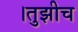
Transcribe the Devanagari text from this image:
।तुझीच